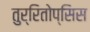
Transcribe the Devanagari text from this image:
तुर्रितोप्सिस